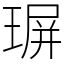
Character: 𤧅